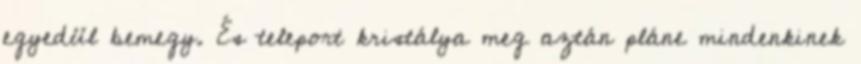
egyedül bemegy. És teleport kristálya meg aztán pláne mindenkinek